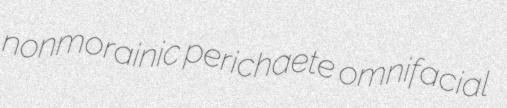
nonmorainic perichaete omnifacial